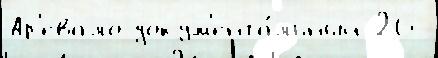
Ар'евало докум'ента́льный 26